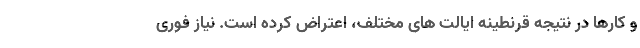
و کارها در نتیجه قرنطینه ایالت های مختلف، اعتراض کرده است. نیاز فوری